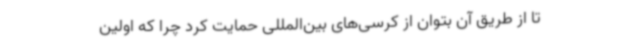
تا از طریق آن بتوان از کرسی‌های بین‌المللی حمایت کرد چرا که اولین